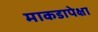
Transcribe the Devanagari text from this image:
माकडापेक्षा